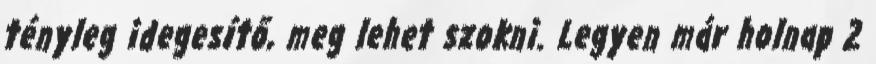
tényleg idegesítő, meg lehet szokni. Legyen már holnap 2